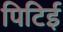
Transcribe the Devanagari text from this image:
पिटिई